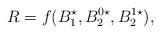
LaTeX: \begin{align*} R = f( B_1^{\star}, B_2^{0 \star}, B_2^{1 \star} ), \end{align*}